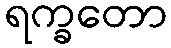
ရက္ခတော